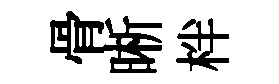
骨晰柈